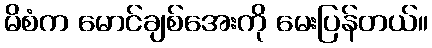
မိစံက မောင်ချစ်အေးကို မေးပြန်တယ်။